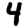
Digit: 4